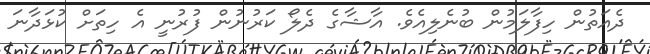
ދެއަތުން ހިފާލަމުން ބުނެލިއެވެ. އާޝާގެ ދެލޯ ކަރުނުން ފުރުނީ އެ ހިތަށް ކުޅަދާނަ